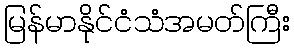
မြန်မာနိုင်ငံသံအမတ်ကြီး